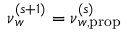
\boldsymbol \nu _ { w } ^ { ( s + 1 ) } = \boldsymbol \nu _ { w , \mathrm { p r o p } } ^ { ( s ) }